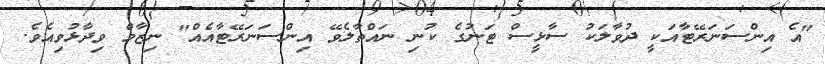
"އެ އިންސަނަރޭޓާއަކީ ދުވާލަކު ސާޅީސް ޓަނުގެ ކުނި ނައްތާލެވޭ އިންސަނަރޭޓާއެއް" ނިޒާމް ވިދާޅުވިއެވެ.